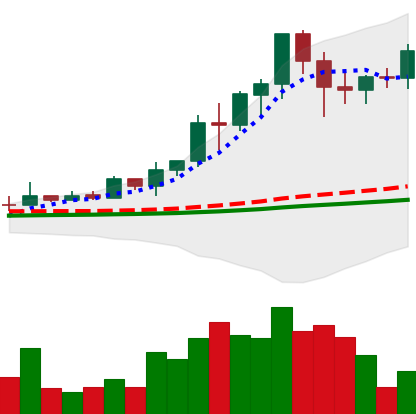
Ticker: EOS-USD
Chart end date: 2021-02-19
Forward return: -25.583%
Label: down_7plus